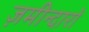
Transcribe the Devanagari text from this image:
ज़मीन्दारों